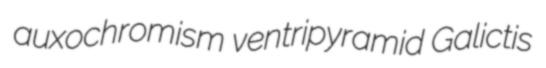
auxochromism ventripyramid Galictis